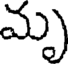
మృ